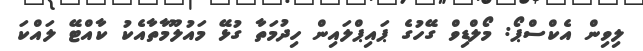
ލިވިން އެކްސްޕޯ: މޯލްޑިވް ގޭހުގެ ޕައިޕްލައިން ހިދުމަތާ ގުޅޭ މައުލޫމާތާއެކު ކާއްޓޭ ލައްކަ